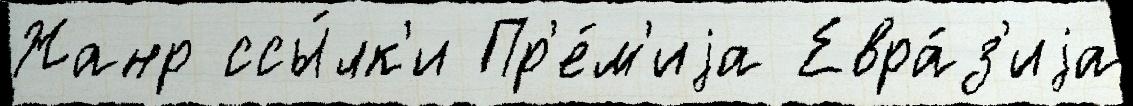
Жанр ссы́лк'и Пр'е́м'иjа Евра́з'иjа